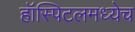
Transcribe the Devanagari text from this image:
हॉस्पिटलमध्येच